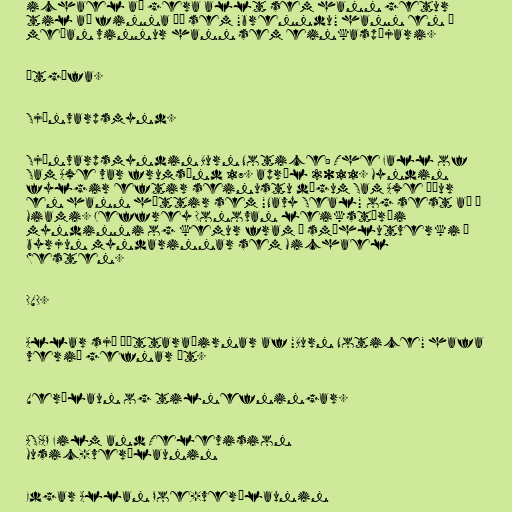
ichael að gera allt sem hann getur
til að finna þá sem "brenndu" hann en á
meðan vinnur hann sem einkaspæjari.

Útgáfa.

Sjónvarpsmynd.

Sjónvarpsmyndin Burn Notice: The Fall of
Sam Axe var frumsýnd 17. apríl 2011. Myndin
fylgir eftir seinustu dögum Sam Axe áður
en hann hættir sem "Navy Seal" og sest að í
Miami. Jeffrey Donovan leikstýrði
myndinni og kemur fram í smáhlutverki í
byrjun myndarinnar sem Michael
Westen.

DVD.

Allar sjö þáttaraðirnar af "Burn Notice" hafa
verið gefnar út.

Verðlaun og tilnefningar.

ASCAP Film and Television
Music-verðlaunin

Edgar Allan Poe-verðlaunin